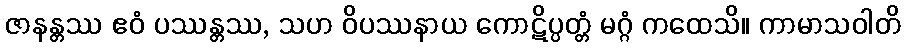
ဇာနန္တဿ ဧဝံ ပဿန္တဿ, သဟ ဝိပဿနာယ ကောဋိပ္ပတ္တံ မဂ္ဂံ ကထေသိ။ ကာမာသဝါတိ